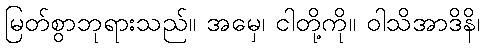
မြတ်စွာဘုရားသည်။ အမှေ၊ ငါတို့ကို။ ဝါသိအာဒိနိ၊